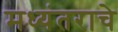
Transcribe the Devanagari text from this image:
मध्यंतराचे